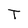
Character: T